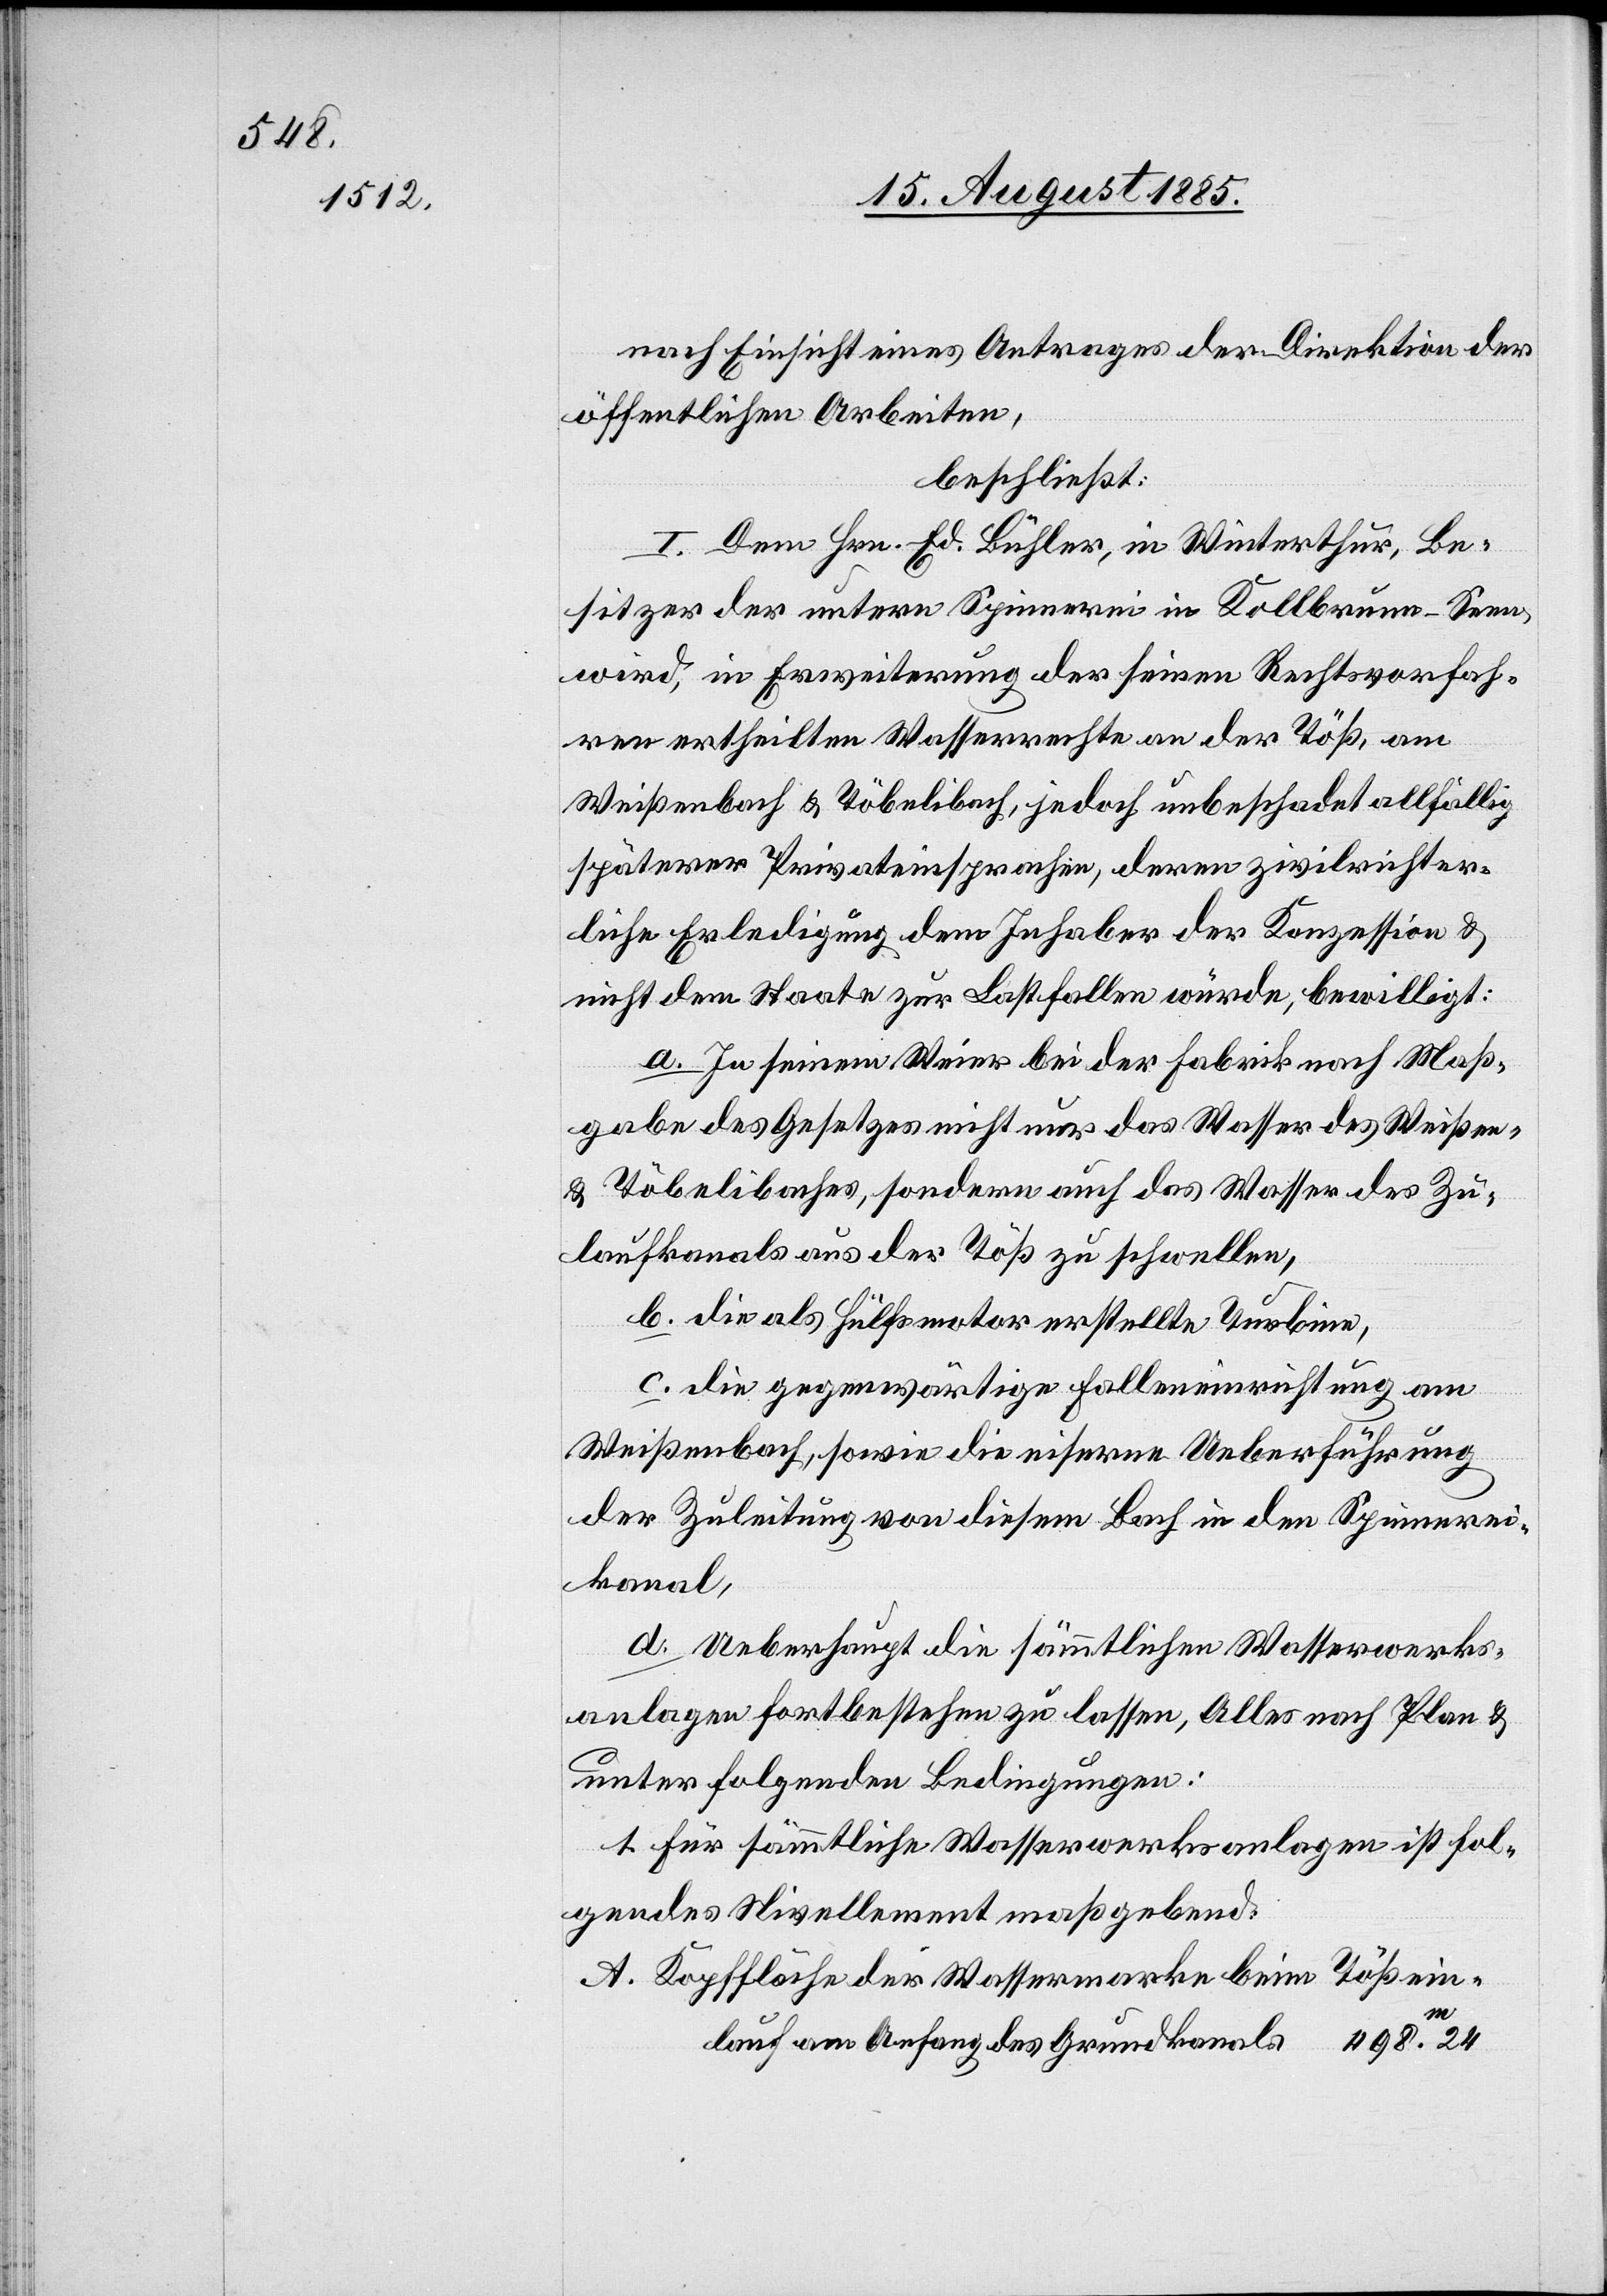
nach Einsicht eines Antrages der Direktion der
öffentlichen Arbeiten,
beschließt:
I. Dem Hrn. Ed. Bühler, in Winterthur, Be¬
sitzer der untern Spinnerei in Kollbrunn - Seen,
wird, in Erweiterung der seinen Rechtsvorfah¬
ren ertheilten Wasserrechte an der Töß, am
Weißenbach & Töbelibach, jedoch unbeschadet allfällig
späterer Privateinsprachen, deren zivilrichter¬
liche Erledigung dem Inhaber der Konzession &
nicht dem Staate zur Last fallen würde, bewilligt:
a. In seinem Weier bei der Fabrik nach Maß¬
gabe des Gesetzes nicht nur das Wasser des Weißen-
& Töbelibaches, sondern auch das Wasser des Zu¬
laufkanals aus der Töß zu schwellen,
b. die als Hülfsmotor erstellte Turbine,
c. die gegenwärtige Falleinrichtung am
Weißenbach, sowie die eiserne Ueberführung
der Zuleitung von diesem Bach in den Spinnerei¬
kanal,
d. Ueberhaupt die sämmtlichen Wasserwerks¬
anlagen fortbestehen zu lassen, Alles nach Plan &
unter folgenden Bedingungen:
1. Für sämmtliche Wasserwerksanlagen ist fol¬
gendes Nivellement maßgebend:
Tößein¬
Kopffläche der Wassermarke beim
A.
498.24.
lauf am Anfang des Grundkanals